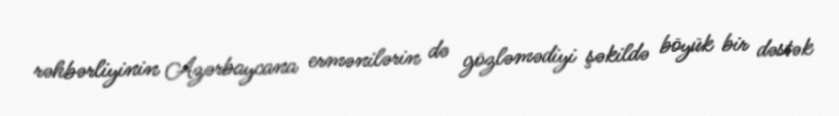
rəhbərliyinin Azərbaycana ermənilərin də gözləmədiyi şəkildə böyük bir dəstək